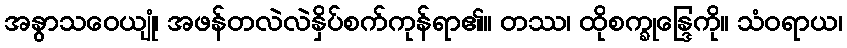
အနွာသဝေယျုံ၊ အဖန်တလဲလဲနှိပ်စက်ကုန်ရာ၏။ တဿ၊ ထိုစက္ခုန္ဒြေကို။ သံဝရာယ၊